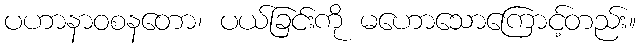
ပဟာနာဝစနတော၊ ပယ်ခြင်းကို မဟောသောကြောင့်တည်း။